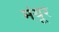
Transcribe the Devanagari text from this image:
मंयूर